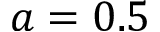
a = 0 . 5